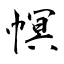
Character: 幎